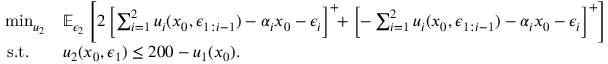
\begin{array} { r l } { \operatorname* { m i n } _ { u _ { 2 } } } & { \mathbb { E } _ { \epsilon _ { 2 } } \left[ 2 \left[ \sum _ { i = 1 } ^ { 2 } u _ { i } ( x _ { 0 } , \boldsymbol { \epsilon } _ { 1 : i - 1 } ) - \alpha _ { i } x _ { 0 } - \epsilon _ { i } \right] ^ { + } \! \! + \left[ - \sum _ { i = 1 } ^ { 2 } u _ { i } ( x _ { 0 } , \boldsymbol { \epsilon } _ { 1 : i - 1 } ) - \alpha _ { i } x _ { 0 } - \epsilon _ { i } \right] ^ { + } \right] } \\ { \mathrm { s . t . } \quad } & { u _ { 2 } ( x _ { 0 } , \boldsymbol { \epsilon } _ { 1 } ) \leq 2 0 0 - u _ { 1 } ( x _ { 0 } ) . } \end{array}